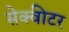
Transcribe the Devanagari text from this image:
सेक्वीटर